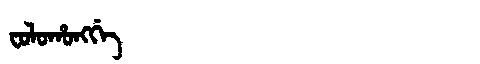
Manchu: ᠸᠣᠯᠣᡥᠣᠩᡤᡝ
Romanization: FOLOHONGGE